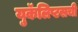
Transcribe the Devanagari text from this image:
युकॅलिप्टसची